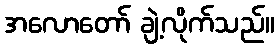
အလောတော် ချဲ့လိုက်သည်။